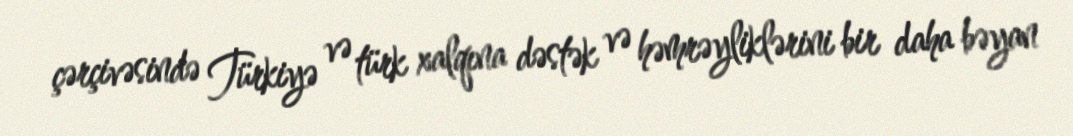
çərçivəsində Türkiyə və türk xalqına dəstək və həmrəyliklərini bir daha bəyan